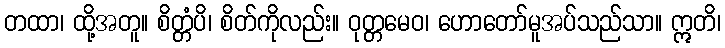
တထာ၊ ထို့အတူ။ စိတ္တံပိ၊ စိတ်ကိုလည်း။ ဝုတ္တမေဝ၊ ဟောတော်မူအပ်သည်သာ။ ဣတိ၊